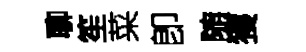
聊笙菜卽随獲